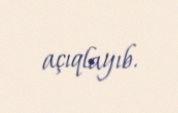
açıqlayıb.